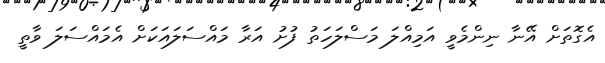
އެގޮތަށް އޭނާ ނިންމެވީ އަމިއްލަ މަސްލަހަތު ފުށު އަރާ މައްސަލައަކަށް އެމައްސަލަ ވާތީ